Indian journal of veterinary science and animal husbandry - Volume 6,
Year: 1936
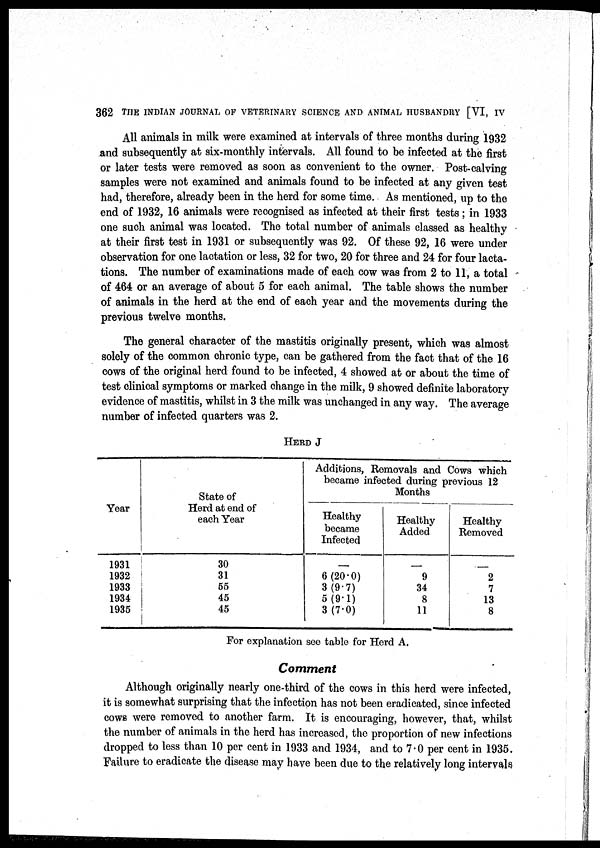
362 THE INDIAN JOURNAL OF VETERINARY SCIENCE AND ANIMAL HUSBANDRY [VI, IV
All animals in milk were examined at intervals of three months during 1932
and subsequently at six-monthly intervals. All found to be infected at the first
or later tests were removed as soon as convenient to the owner. Post-calving
samples were not examined and animals found to be infected at any given test
had, therefore, already been in the herd for some time. As mentioned, up to the
end of 1932, 16 animals were recognised as infected at their first tests; in 1933
one such animal was located. The total number of animals classed as healthy
at their first test in 1931 or subsequently was 92. Of these 92, 16 were under
observation for one lactation or less, 32 for two, 20 for three and 24 for four lacta-
tions. The number of examinations made of each cow was from 2 to 11, a total
of 464 or an average of about 5 for each animal. The table shows the number
of animals in the herd at the end of each year and the movements during the
previous twelve months.
The general character of the mastitis originally present, which was almost
solely of the common chronic type, can be gathered from the fact that of the 16
cows of the original herd found to be infected, 4 showed at or about the time of
test clinical symptoms or marked change in the milk, 9 showed definite laboratory
evidence of mastitis, whilst in 3 the milk was unchanged in any way. The average
number of infected quarters was 2.
HERD J
Year
1931
1932
1933
1934
1935
State of
Herd at end of
each Year
30
31
55
45
45
Additions, Removals and Cows which
became infected during previous 12
Months
Healthy
became
Infected
—
6(20.0)
3 (9.7)
5(9.1)
3 (7.0)
Healthy
Added
—
9
34
8
11
Healthy
Removed
—
2
7
13
8
For explanation see table for Herd A.
Comment
Although originally nearly one-third of the cows in this herd were infected,
it is somewhat surprising that the infection has not been eradicated, since infected
cows were removed to another farm. It is encouraging, however, that, whilst
the number of animals in the herd has increased, the proportion of new infections
dropped to less than 10 per cent in 1933 and 1934, and to 7.0 per cent in 1935.
Failure to eradicate the disease may have been due to the relatively long intervals